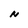
Character: N